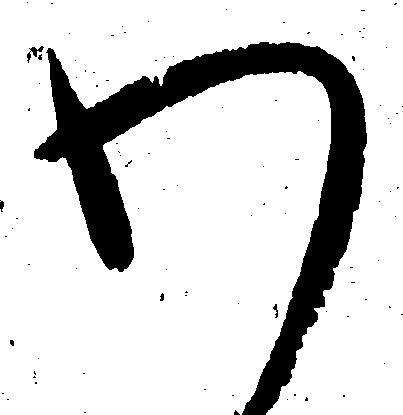
わ